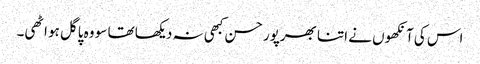
اس کی آنکھوں نے اتنا بھرپور حسن کبھی نہ دیکھا تھا سو وہ پاگل ہو اٹھی۔